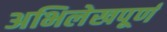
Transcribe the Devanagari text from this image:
अभिलेखपूर्ण